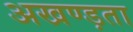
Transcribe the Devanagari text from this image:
अखण्ड़ता